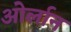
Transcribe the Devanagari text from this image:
ओर्लान